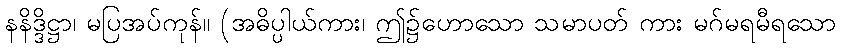
နနိဒ္ဒိဋ္ဌာ၊ မပြအပ်ကုန်။ (အဓိပ္ပါယ်ကား၊ ဤ၌ဟောသော သမာပတ် ကား မဂ်မရမီရသော